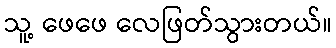
သူ့ ဖေဖေ လေဖြတ်သွားတယ်။